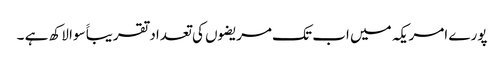
پورے امریکہ میں اب تک مریضوں کی تعداد تقریباََ سوا لاکھ ہے ۔